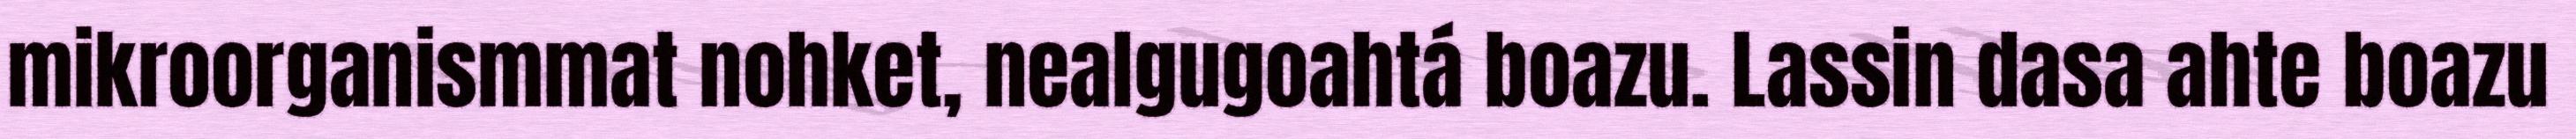
mikroorganismmat nohket, nealgugoahtá boazu. Lassin dasa ahte boazu